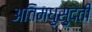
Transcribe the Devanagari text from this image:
अतिमधुसुदती